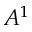
A ^ { 1 }